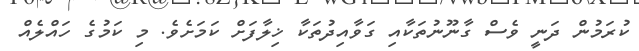
ކުރަމުން ދަނީ ވެސް ގާނޫނުތަކާއި ގަވާއިދުތަކާ ޚިލާފަށް ކަމަށެވެ. މި ކަމުގެ ހައްލެއް